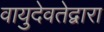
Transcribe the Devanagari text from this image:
वायुदेवतेद्वारा